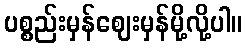
ပစ္စည်းမှန်ဈေးမှန်မို့လို့ပါ။